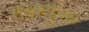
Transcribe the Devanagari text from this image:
हलयुक्त